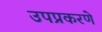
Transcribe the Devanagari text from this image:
उपप्रकरणे